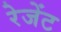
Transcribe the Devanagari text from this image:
रेजेंट